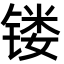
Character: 镂